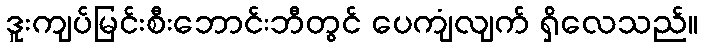
ဒူးကျပ်မြင်းစီးဘောင်းဘီတွင် ပေကျံလျက် ရှိလေသည်။